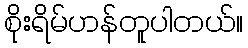
စိုးရိမ်ဟန်တူပါတယ်။